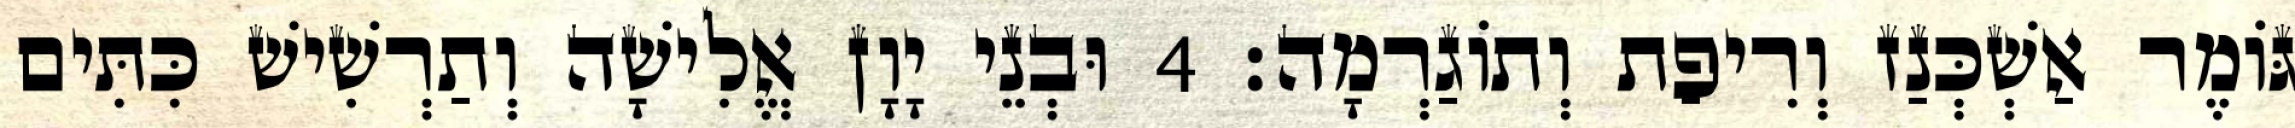
גּוֹמֶר אַשְׁכְּנַז וְרִיפַת וְתוֹגַרְמָה׃ 4 וּבְנֵי יָוָן אֱלִישָׁה וְתַרְשִׁישׁ כִּתִּים